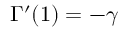
\Gamma ^ { \prime } ( 1 ) = - \gamma